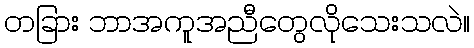
တခြား ဘာအကူအညီတွေလိုသေးသလဲ။